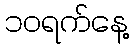
၁၀ရက်နေ့